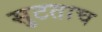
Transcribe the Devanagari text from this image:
सुटताच